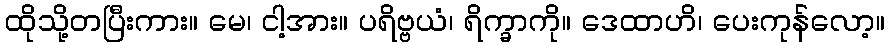
ထိုသို့တပြီးကား။ မေ၊ ငါ့အား။ ပရိဗ္ဗယံ၊ ရိက္ခာကို။ ဒေထာဟိ၊ ပေးကုန်လော့။